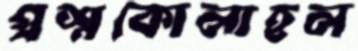
প্রশ্নকোলাহল